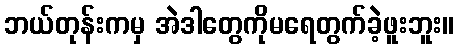
ဘယ်တုန်းကမှ အဲဒါတွေကိုမရေတွက်ခဲ့ဖူးဘူး။